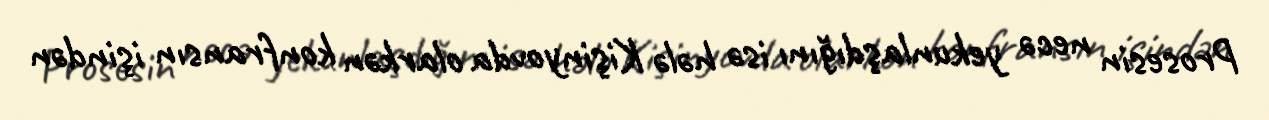
Prosesin necə yekunlaşdığını isə hələ Kişinyovda olarkən konfransın işindən